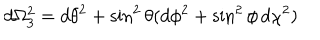
d \Omega _ { 3 } ^ { 2 } = d \theta ^ { 2 } + \sin ^ { 2 } \theta ( d \phi ^ { 2 } + \sin ^ { 2 } \phi \, d \chi ^ { 2 } )